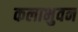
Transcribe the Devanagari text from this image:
कलाभुवन